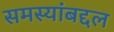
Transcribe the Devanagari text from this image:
समस्यांबद्दल